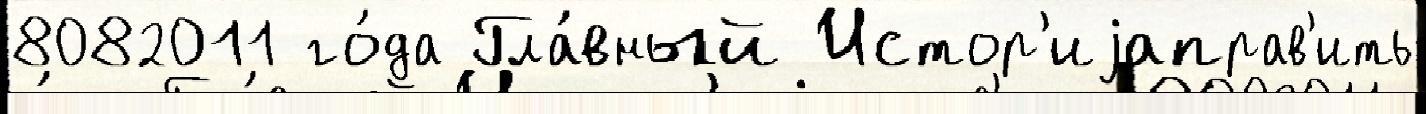
8082011 го́да Гла́вный Истор'иjаправ'ить